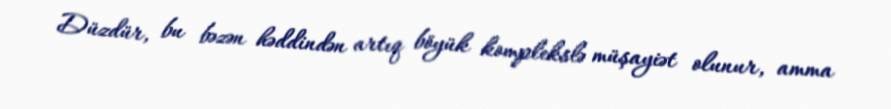
Düzdür, bu bəzən həddindən artıq böyük komplekslə müşayiət olunur, amma